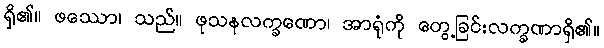
ရှိ၏။ ဖဿော၊ သည်။ ဖုသနလက္ခဏော၊ အာရုံကို တွေ့ခြင်းလက္ခဏာရှိ၏။